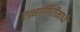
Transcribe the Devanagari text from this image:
रत्नागिरीमध्ये